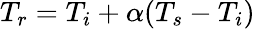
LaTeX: T_{r}=T_{i}+\alpha(T_{s}-T_{i})